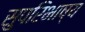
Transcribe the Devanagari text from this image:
सुपरिभाष्य